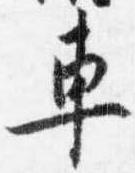
車